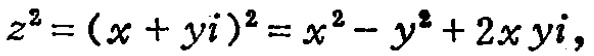
\[
z^{2}=(x + yi)^{2}=x^{2}-y^{2}+2xyi,
\]